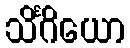
သိင်္ဂိယော